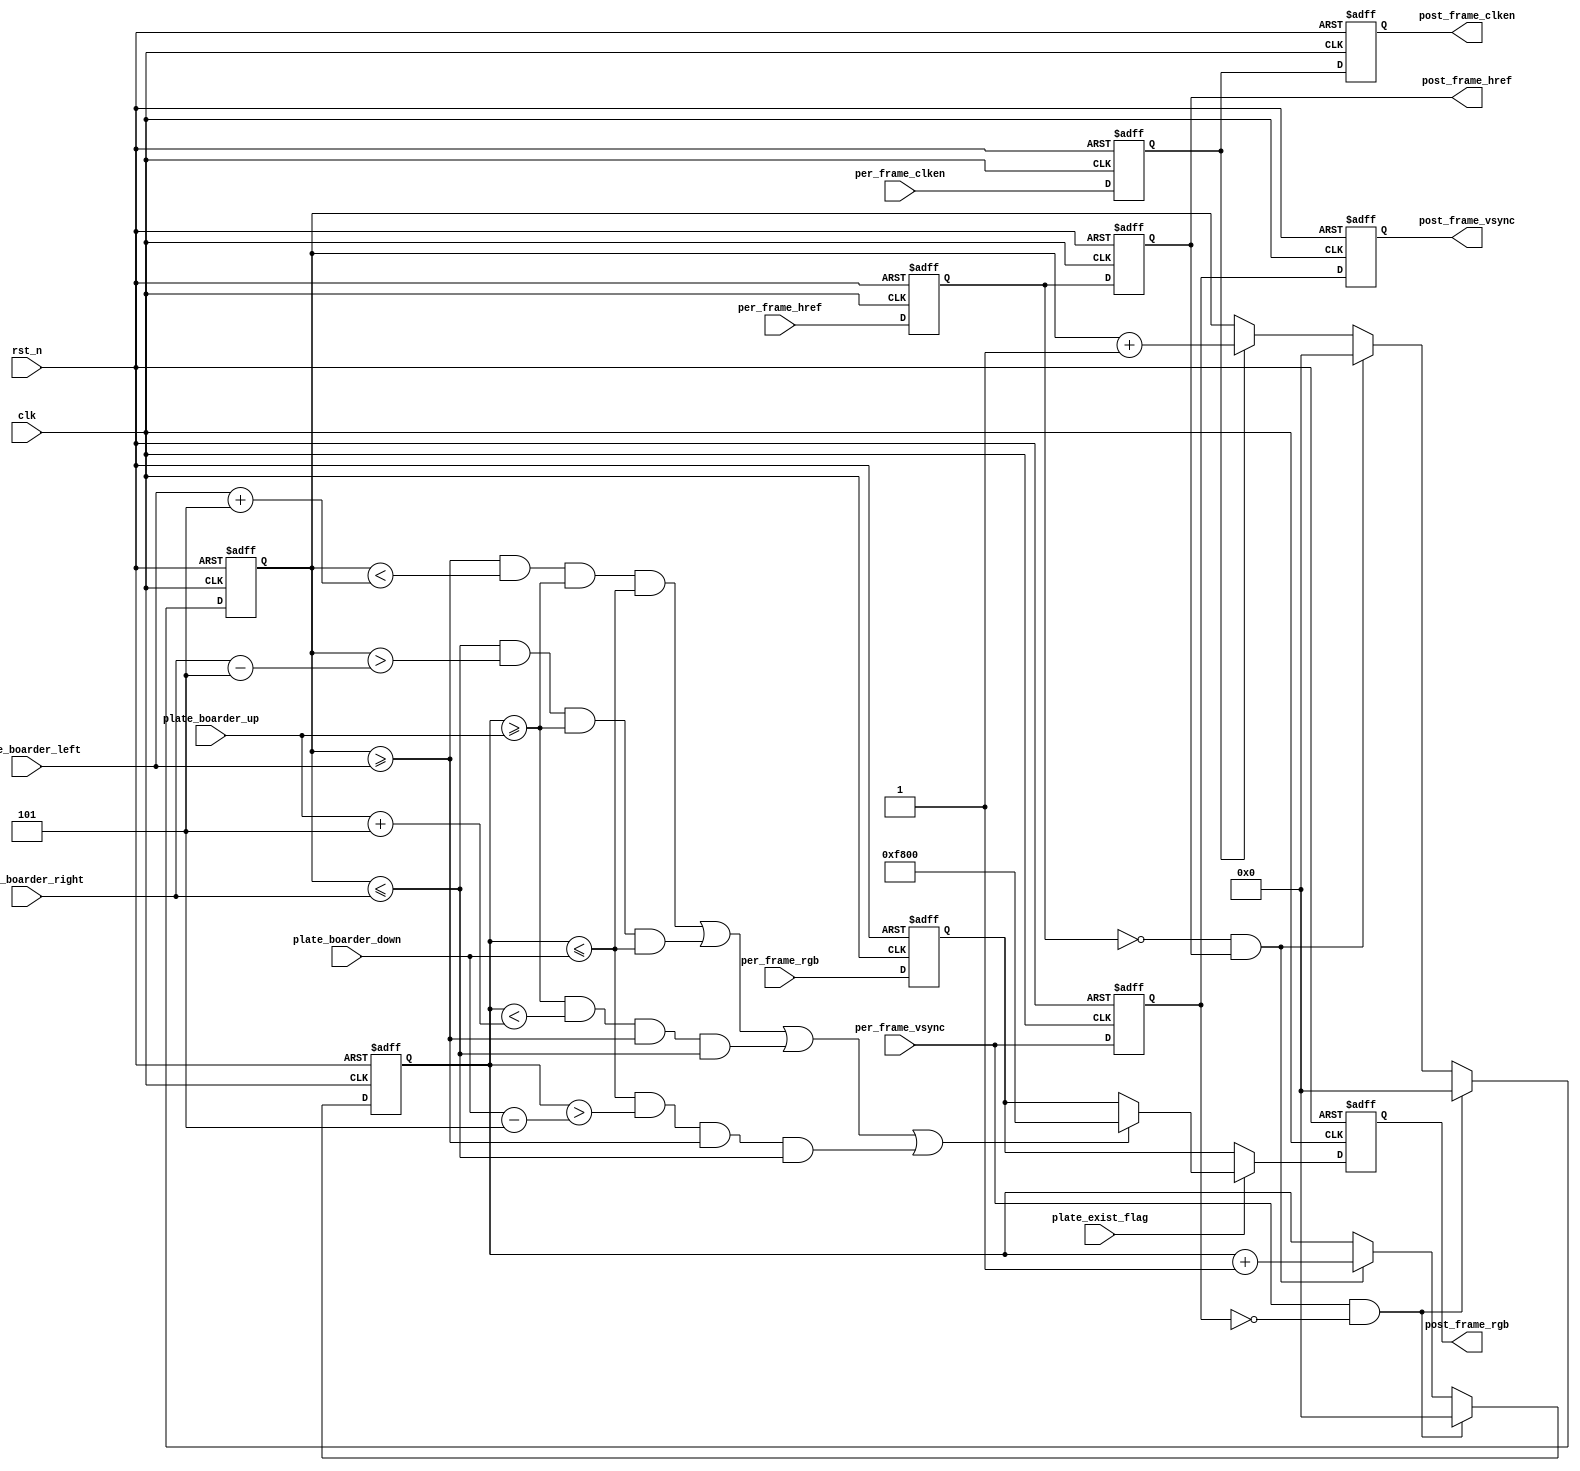
//
//5
module add_plate_boarder # (
	parameter	[9:0]	IMG_HDISP = 10'd640,	//640*480
	parameter	[9:0]	IMG_VDISP = 10'd480,
	parameter	[9:0]	BOARD_WIDTH = 10'd5
)(
    input               clk             ,   // 
    input               rst_n           ,   // 

	input				per_frame_vsync,
	input				per_frame_href ,	
	input				per_frame_clken,
	input    [15:0]     per_frame_rgb  ,		
    
    input    [9:0]      plate_boarder_up 	,//
    input    [9:0]      plate_boarder_down	,
    input    [9:0]      plate_boarder_left  ,   
    input    [9:0]      plate_boarder_right ,
    input               plate_exist_flag    ,
    
	output             post_frame_vsync,	
	output             post_frame_href ,	
	output             post_frame_clken,	
	output reg [15:0]  post_frame_rgb  
);
reg			per_frame_vsync_r;
reg			per_frame_href_r;	
reg			per_frame_clken_r;
reg [15:0]  per_frame_rgb_r;

reg			per_frame_vsync_r2;
reg			per_frame_href_r2;	
reg			per_frame_clken_r2;
reg [15:0]  per_frame_rgb_r2;

assign	post_frame_vsync 	= 	per_frame_vsync_r2;
assign	post_frame_href 	= 	per_frame_href_r2;	
assign	post_frame_clken 	= 	per_frame_clken_r2;
//assign  post_frame_rgb     	=   per_frame_rgb_r2;
//------------------------------------------
//lag 1 
always@(posedge clk or negedge rst_n)
begin
	if(!rst_n)
		begin
		per_frame_vsync_r2 	<= 0;
		per_frame_href_r2 	<= 0;
		per_frame_clken_r2 	<= 0;
		per_frame_rgb_r2		<= 0;
		end
	else
		begin
		per_frame_vsync_r2 	<= 	per_frame_vsync_r 	;
		per_frame_href_r2	<= 	per_frame_href_r 	;
		per_frame_clken_r2 	<= 	per_frame_clken_r 	;
		per_frame_rgb_r2		<= 	per_frame_rgb_r		;
		end
end

always@(posedge clk or negedge rst_n)
begin
	if(!rst_n)
		begin
		per_frame_vsync_r 	<= 0;
		per_frame_href_r 	<= 0;
		per_frame_clken_r 	<= 0;
		per_frame_rgb_r		<= 0;
		end
	else
		begin
		per_frame_vsync_r 	<= 	per_frame_vsync	;
		per_frame_href_r	<= 	per_frame_href	;
		per_frame_clken_r 	<= 	per_frame_clken	;
		per_frame_rgb_r	    <= 	per_frame_rgb   ;
	    end
end

//
wire vsync_pos_flag;
wire vsync_neg_flag;
wire href_pos_flag;
wire hrefr_neg_flag;
assign vsync_pos_flag = per_frame_vsync    & (~per_frame_vsync_r);
assign vsync_neg_flag = (~per_frame_vsync) & per_frame_vsync_r;
assign href_pos_flag = per_frame_href_r    & (~per_frame_href_r2);
assign hrefr_neg_flag = (~per_frame_href_r) & per_frame_href_r2;

//------------------------------------------
//"/"
reg [9:0]  	x_cnt;
reg [9:0]   y_cnt;
always@(posedge clk or negedge rst_n)
begin
	if(!rst_n)begin
        x_cnt <= 10'd0;
        y_cnt <= 10'd0;
    end
	else if(vsync_pos_flag)begin
        x_cnt <= 10'd0;
        y_cnt <= 10'd0;
    end
    else if(hrefr_neg_flag)begin
        x_cnt <= 10'd0;
        y_cnt <= y_cnt + 1'b1;
    end
    else if(per_frame_clken_r) begin
        x_cnt <= x_cnt + 1'b1;
    end
end

//------------------------------------------
//
always @(posedge clk or negedge rst_n) begin
    if(!rst_n)
        post_frame_rgb <= 16'd0;
    else if(plate_exist_flag)begin
        if(((x_cnt >= plate_boarder_left ) && (x_cnt < plate_boarder_left +BOARD_WIDTH) &&
            (y_cnt >= plate_boarder_up   ) && (y_cnt <= plate_boarder_down )               ) ||//
           ((x_cnt <= plate_boarder_right) && (x_cnt > plate_boarder_right-BOARD_WIDTH) &&
            (y_cnt >= plate_boarder_up   ) && (y_cnt <= plate_boarder_down )               ) ||//
           ((y_cnt >= plate_boarder_up   ) && (y_cnt < plate_boarder_up   +BOARD_WIDTH) &&
            (x_cnt >= plate_boarder_left ) && (x_cnt <= plate_boarder_right)               ) ||//
           ((y_cnt <= plate_boarder_down ) && (y_cnt > plate_boarder_down -BOARD_WIDTH) &&
            (x_cnt >= plate_boarder_left ) && (x_cnt <= plate_boarder_right)               )   //
           )
            post_frame_rgb <= 16'hf800;//11111_000000_00000
        else
	        post_frame_rgb <= per_frame_rgb_r;
	end
	else
	   post_frame_rgb <= per_frame_rgb_r;
end

endmodule